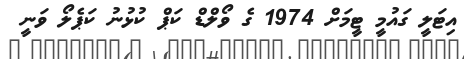
އިޓަލީ ގައުމީ ޓީމަށް 1974 ގެ ވޯލްޑް ކަޕް ކުޅުނު ކަޕެލޯ ވަނީ